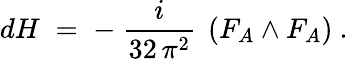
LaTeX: dH\; =\; -~\frac{i}{32\, \pi^{2}}~\left(F_{A}\wedge F_{A}\right)~.